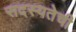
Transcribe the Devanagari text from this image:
सदस्यतेची